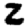
Digit: 2